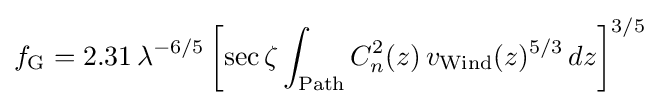
f_{\mathrm {G} }=2.31\,\lambda ^{-6/5}\left[\sec \zeta \int _{\mathrm {Path} }C_{n}^{2}(z)\,v_{\mathrm {Wind} }(z)^{5/3}\,dz\right]^{3/5}